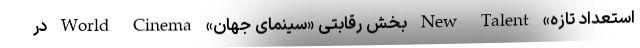
استعداد تازه» New Talent بخش رقابتی «سینمای جهان» World Cinema در